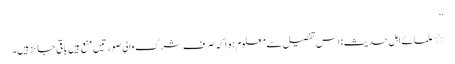
‘‘
٭علمائے اہل حدیث : اس تفصیل سے معلوم ہوا کہ صرف شرک والی صورتیں منع ہیں باقی جائز ہیں۔